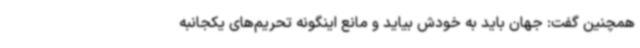
همچنین گفت: جهان باید به خودش بیاید و مانع اینگونه تحریم‌های یکجانبه